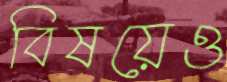
বিষয়েও